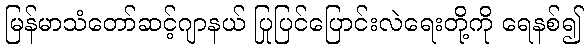
မြန်မာသံတော်ဆင့်ဂျာနယ် ပြုပြင်ပြောင်းလဲရေးတို့ကို ရေနစ်၍